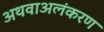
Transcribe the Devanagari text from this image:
अथवाअलंकरण